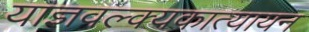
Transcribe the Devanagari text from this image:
याज्ञवल्क्यकात्यायन